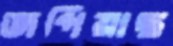
জপিয়াছ